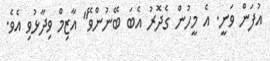
އުފަން ވަނީ. އެ މީހުން ގެދޮރު އެބަ ބޭނުންވޭ" އާޒިމް ވިދާޅުވި އެވެ.